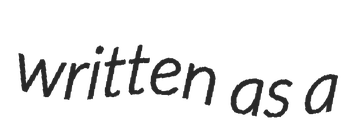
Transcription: written as a